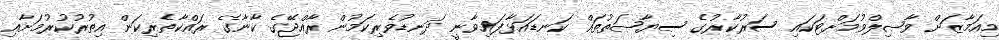
މިއަމާޒަށް ވާޞިލްވުމަށްޓަކައި ސަރުކާރުގެ ސިޔާޞަތުތައް ކަނޑައަޅާފައިވާނީ ދަނޑުވެރިކަމުން ރާއްޖޭގެ ކާނާގެ ރައްކާތެރިކަން އިތުރުކުރުމަށާއި